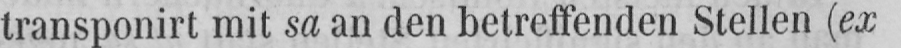
transponirt mit sa an den betreffenden Stellen (ex